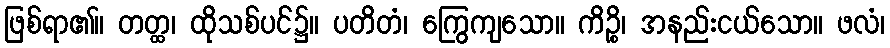
ဖြစ်ရာ၏။ တတ္ထ၊ ထိုသစ်ပင်၌။ ပတိတံ၊ ကြွေကျသော။ ကိဉ္စိ၊ အနည်းငယ်သော။ ဖလံ၊